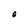
Character: O